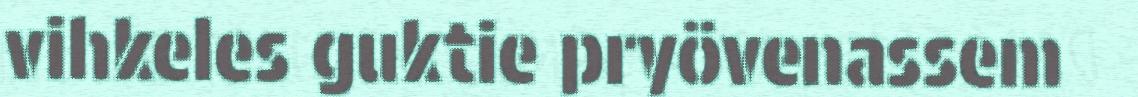
vihkeles guktie pryövenassem